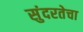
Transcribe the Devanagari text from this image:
सुंदरतेचा